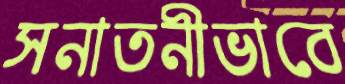
সনাতনীভাবে